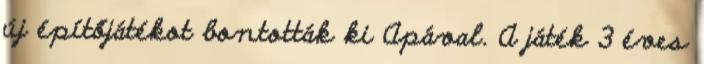
új építőjátékot bontották ki Apával. A játék 3 éves